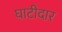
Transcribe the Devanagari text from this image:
घाटीदार